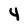
Character: 4